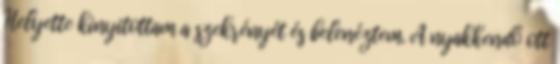
Helyette kinyitottam a szekrényét és belenéztem. A nyakkendő ott